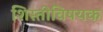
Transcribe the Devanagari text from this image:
शिस्तीविषयक